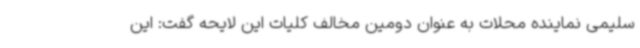
سلیمی نماینده محلات به عنوان دومین مخالف کلیات این لایحه گفت: این